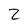
Character: Z